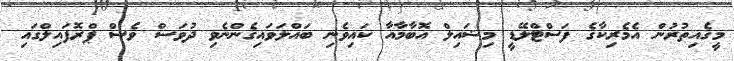
މީގެއިތުރުން އެމެރިކާގެ ފަސްޓްލޭޑީ މިޝައިލް އޮބާމާއާ ކައިވެނި ބައްލަވައިގެންނެވި ދުވަސް ވެސް ޕްރޮފައިލްގައި